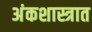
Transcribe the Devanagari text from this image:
अंकशास्त्रात